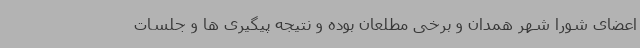
اعضای شورا شهر همدان و برخی مطلعان بوده و نتیجه پیگیری ها و جلسات